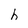
Character: h